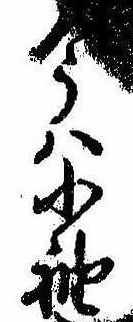
今は小袖